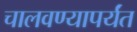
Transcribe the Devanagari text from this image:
चालवण्यापर्यंत